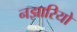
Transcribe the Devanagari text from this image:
नझारियो